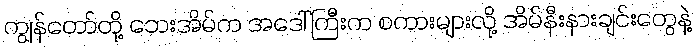
ကျွန်တော်တို့ ဘေးအိမ်က အဒေါ်ကြီးက စကားများလို့ အိမ်နီးနားချင်းတွေနဲ့